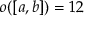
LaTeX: o ( [ a , b ] ) = 1 2